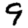
Digit: 9